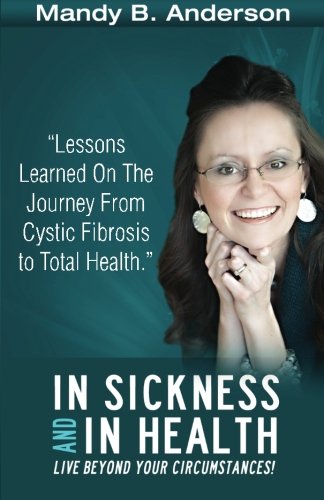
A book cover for In Sickness and In Health: Lessons Learned on the Journey from Cystic Fibrosis to Total Health; Mandy B. Anderson; Health, Fitness & Dieting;